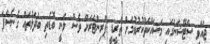
ޖައްވީ ސްޓޭޝަނުގައި މަސައްކަތްކުރުވުމަށް ތްރީޑީ ޕްރިންޓަރަށް ވެސް ވަނީ ބޮޑެތި ބަދަލުތައް ގެނެސްފަ